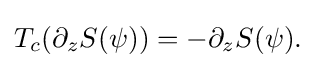
\displaystyle {T_{c}(\partial _{z}S(\psi ))=-\partial _{z}S(\psi ).}